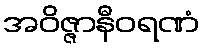
အဝိဇ္ဇာနီဝရဏံ